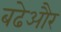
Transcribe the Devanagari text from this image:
बढेऔर